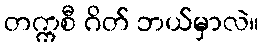
တက္ကစီ ဂိတ် ဘယ်မှာလဲ။